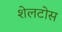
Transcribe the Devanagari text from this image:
शेलटोस